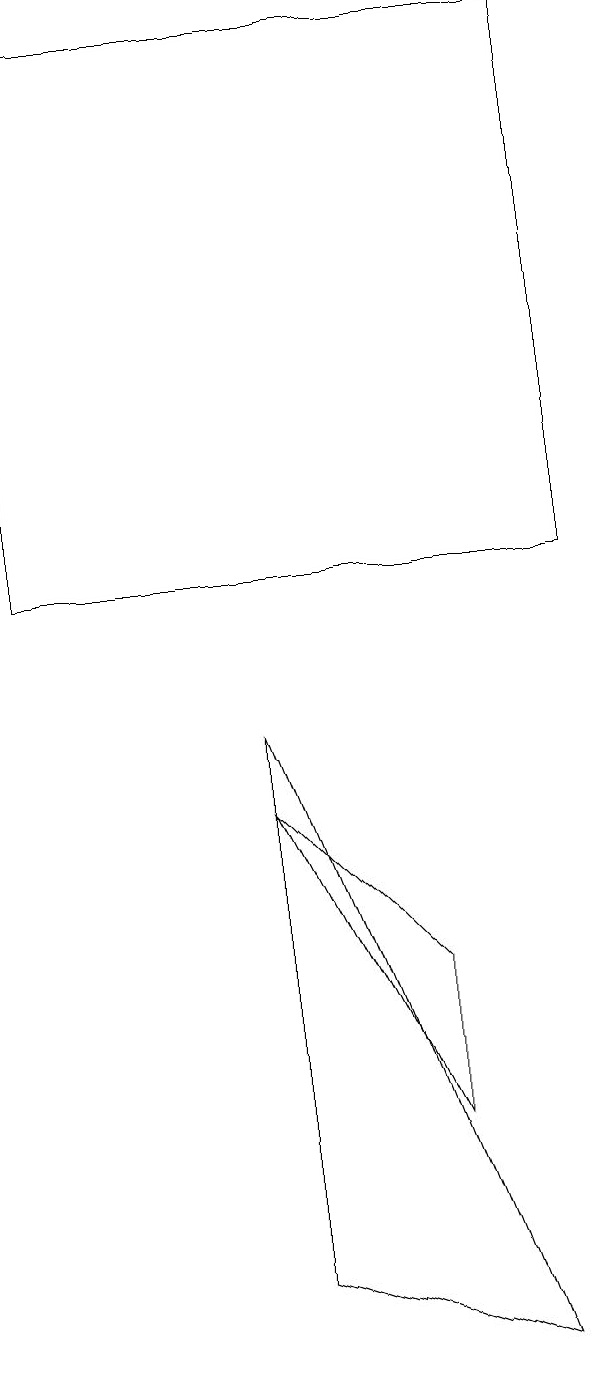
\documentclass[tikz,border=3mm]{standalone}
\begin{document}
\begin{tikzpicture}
\draw (6,3) -- (6,5) -- (4,7) -- cycle;
\draw (4,1) -- (7,0) -- (4,8) -- cycle;
\draw (8,10) rectangle (1,17);
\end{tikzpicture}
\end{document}